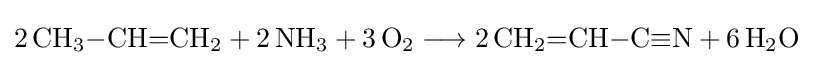
{2\,\mathrm {CH} {\vphantom {A}}_{\smash[{t}]{3}}{-}\mathrm {CH} {=}\mathrm {CH} {\vphantom {A}}_{\smash[{t}]{2}}{}+{}2\,\mathrm {NH} {\vphantom {A}}_{\smash[{t}]{3}}{}+{}3\,\mathrm {O} {\vphantom {A}}_{\smash[{t}]{2}}{}\mathrel {\longrightarrow } {}2\,\mathrm {CH} {\vphantom {A}}_{\smash[{t}]{2}}{=}\mathrm {CH} {-}\mathrm {C} {\equiv }\mathrm {N} {}+{}6\,\mathrm {H} {\vphantom {A}}_{\smash[{t}]{2}}\mathrm {O} }